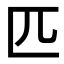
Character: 匹